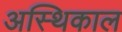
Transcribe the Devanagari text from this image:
अस्थिकाल